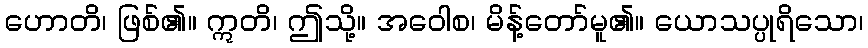
ဟောတိ၊ ဖြစ်၏။ ဣတိ၊ ဤသို့။ အဝေါစ၊ မိန့်တော်မူ၏။ ယောသပ္ပုရိသော၊